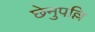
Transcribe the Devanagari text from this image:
छेनुपल्लि